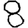
Digit: 8